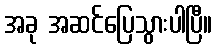
အခု အဆင်ပြေသွားပါပြီ။